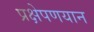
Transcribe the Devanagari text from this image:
प्रक्षेपणयान